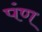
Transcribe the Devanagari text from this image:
पंण